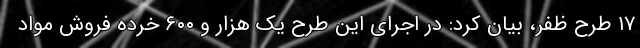
۱۷ طرح ظفر، بیان کرد: در اجرای این طرح یک هزار و ۶۰۰ خرده فروش مواد